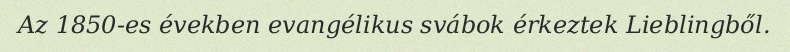
Az 1850-es években evangélikus svábok érkeztek Lieblingből.